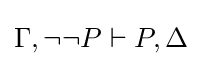
\Gamma ,\lnot \lnot P\vdash P,\Delta